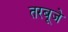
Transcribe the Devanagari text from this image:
तरबूजे